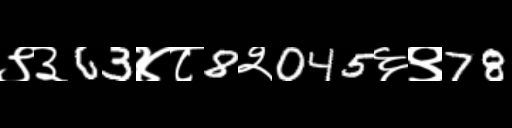
Text: ९३63४८8२045६९78